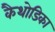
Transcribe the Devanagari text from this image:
कैथोडिका